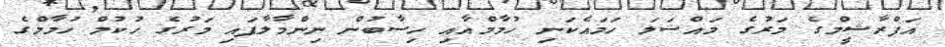
އަފްރާޝީމްގެ މަރުގެ މައްސަލަ ހަމައެކަނި ހުމާމްއާއި ހިސާބުން ނިންމާލާފައި މަރުގެ ހުކުމް ހުމާމްގެ